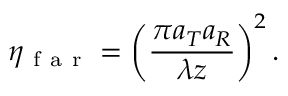
\eta _ { \mathrm { ~ f ~ a ~ r ~ } } = \left( \frac { \pi a _ { T } a _ { R } } { \lambda z } \right) ^ { 2 } .